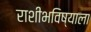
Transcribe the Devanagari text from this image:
राशीभविष्याला